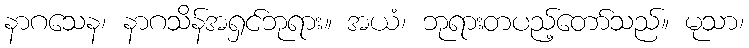
နာဂသေန၊ နာဂသိန်အရှင်ဘုရား။ အယံ၊ ဘုရားတပည့်တော်သည်။ မုသာ၊